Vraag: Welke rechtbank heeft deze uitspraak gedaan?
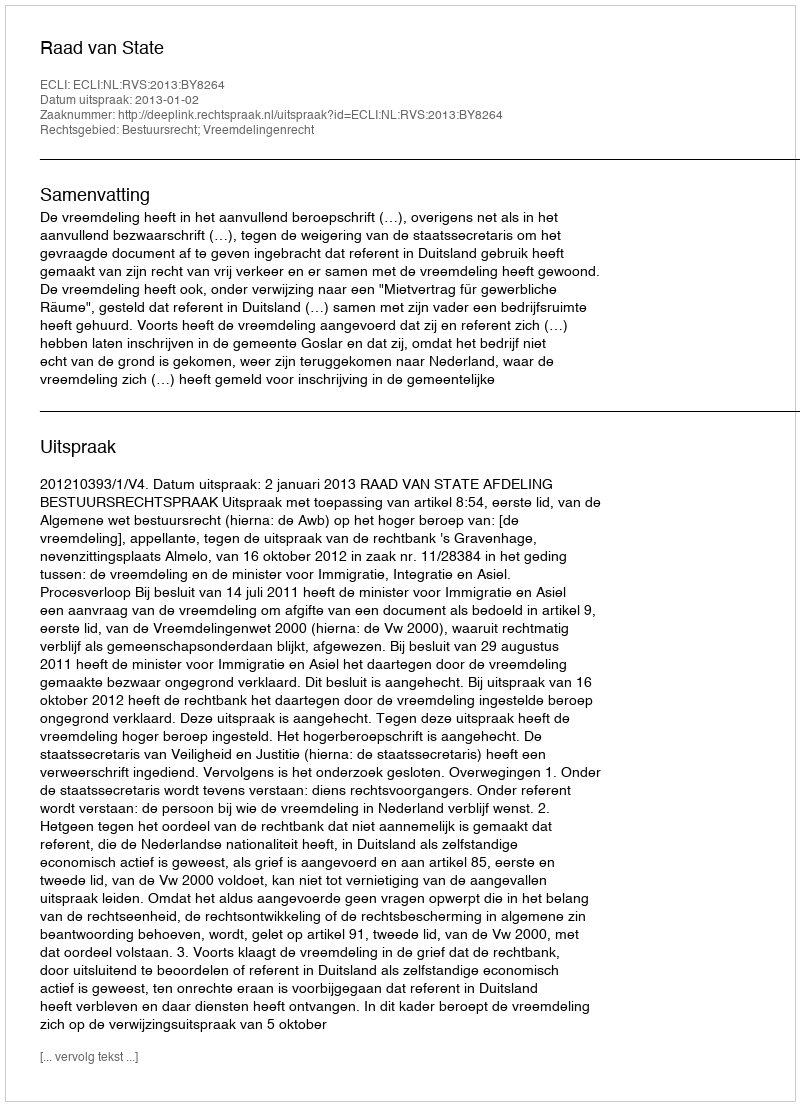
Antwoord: Raad van State